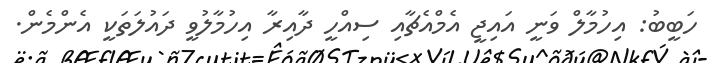
ހަބީބު: އިހުމާލް ވަނީ އައިޖީ އެމްއެޗާއި ސިއްހީ ދާއިރާ އިހުމާލުވީ ދައުލަތަކީ އެންމެން.